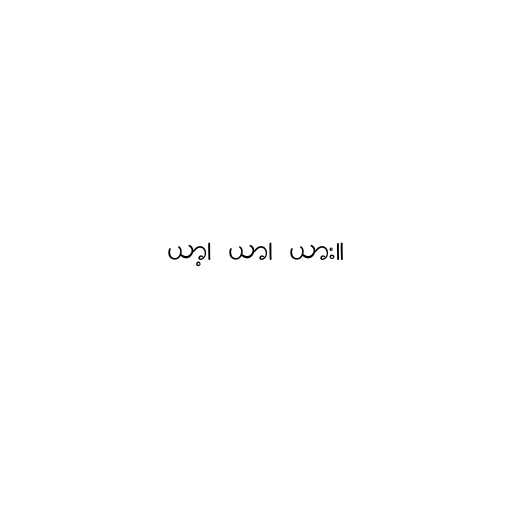
ယာ့၊ ယာ၊ ယား။